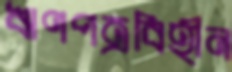
ঋণপত্রবিহীন